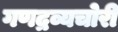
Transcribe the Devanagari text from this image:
गणद्रव्यचोरी